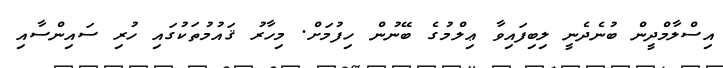
އިސްލާމްދީން ބުނެދެނީ ލިބިފައިވާ ޢިލްމުގެ ބޭނުން ހިފުމަށް. މިހާރު ޤައުމުތަކުގައި ހުރި ސައިންސާއި